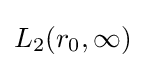
L_{2}(r_{0},\infty )